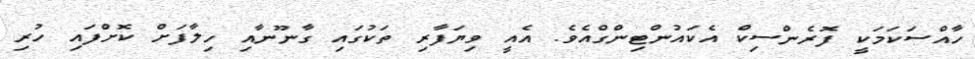
ހާއްސަކަމަކީ ފޮރެންސިކް އެކައުންޓިންގްއެވެ. އެއީ ވިޔަފާރި ތަކުގައި ގާނޫނާއި ހިލާފަށް ކޮށްފައި ހުރި